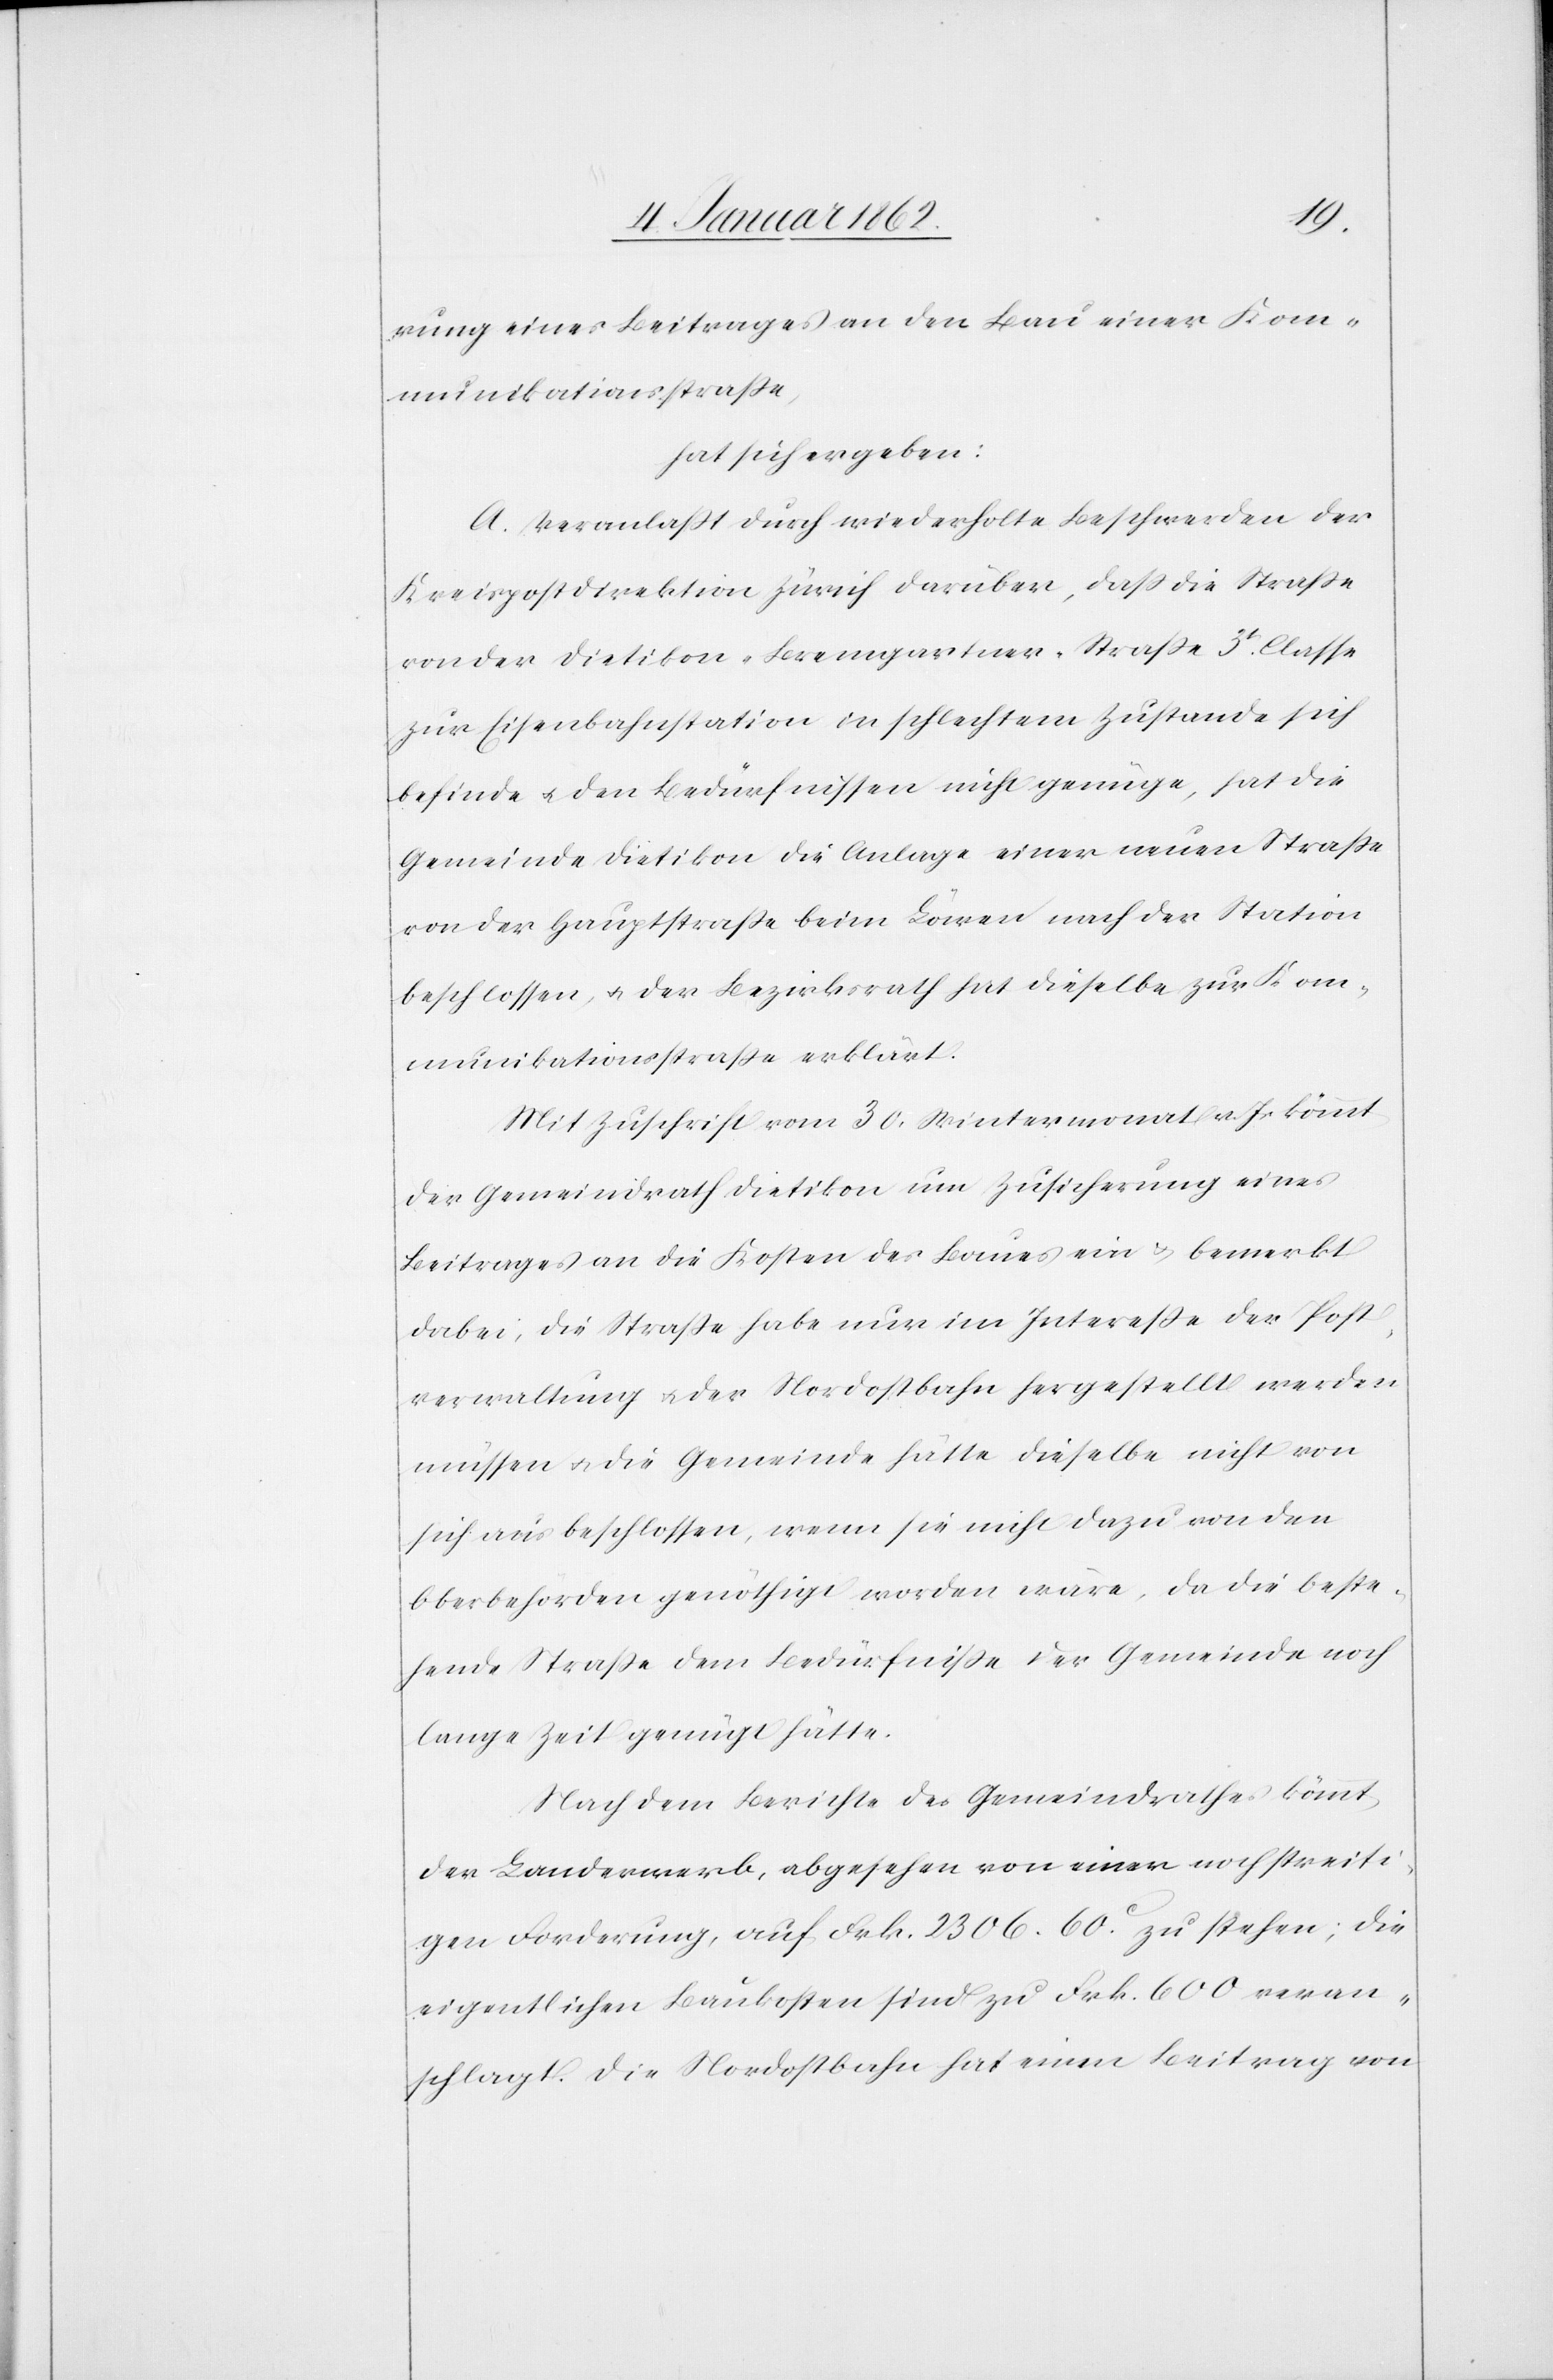
rung eines Beitrages an den Bau einer Kom¬
munikationsstraße,
hat sich ergeben:
A. Veranlaßt durch wiederholte Beschwerden der
Kreispostdirektion Zürich darüber, daß die Straße
von der Dietikon-Bremgartner-Straße 3t. Classe
zur Eisenbahnstation in schlechtem Zustande sich
befinde u. den Bedürfnissen nicht genüge, hat die
Gemeinde Dietikon die Anlage einer neuen Straße
von der Hauptstraße beim Löwen nach der Station
beschlossen, u. der Bezirksrath hat dieselbe zur Kom¬
munikationsstraße erklärt.
Mit Zuschrift vom 30. Wintermonat v. J. kömmt
der Gemeindrath Dietikon um Zusicherung eines
Beitrages an die Kosten des Baues ein u. bemerkt
dabei, die Straße habe nur im Intereße der Post¬
verwaltung u. der Nordostbahn hergestellt werden
müssen u. die Gemeinde hätte dieselbe nicht von
sich aus beschlossen, wenn sie nicht dazu von den
Oberbehörden genöthigt worden wäre, da die beste¬
hende Straße dem Bedürfniße der Gemeinde noch
lange Zeit genügt hätte.
Nach dem Berichte des Gemeindrathes kömmt
der Landerwerb, abgesehen von einer noch streiti¬
gen Forderung, auf Frk. 2306. 60. zu stehen; die
eigentlichen Baukosten sind zu Frk. 600 veran¬
schlagt. Die Nordostbahn hat einen Beitrag von